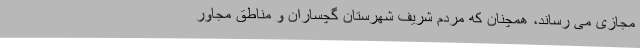
مجازی می رساند، همچنان که مردم شریف شهرستان گچساران و مناطق مجاور